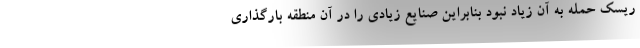
ریسک حمله به آن زیاد نبود بنابراین صنایع زیادی را در آن منطقه بارگذاری